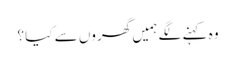
وہ کہنے لگے ہمیں گھروں سے کیا ؟